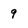
Character: 9